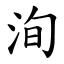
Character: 洵